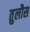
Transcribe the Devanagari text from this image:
तुलौस